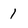
Character: 1